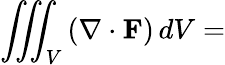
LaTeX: \iiint_{V}\left(\mathbf{\nabla}\cdot\mathbf{F}\right)\, dV=